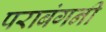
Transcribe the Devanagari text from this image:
पराबंगनी